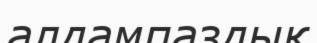
алдампаздық